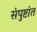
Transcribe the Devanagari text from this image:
संपुष्टांत